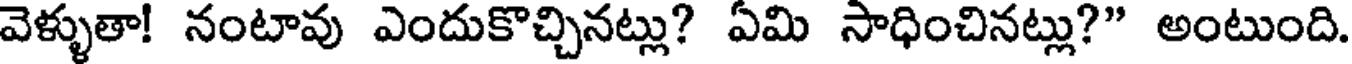
వెళ్ళుతా! నంటావు ఎందుకొచ్చినట్లు? ఏమి సాధించినట్లు?" అంటుంది